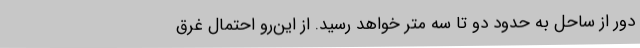
دور از ساحل به حدود دو تا سه متر خواهد رسید. از این‌رو احتمال غرق